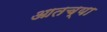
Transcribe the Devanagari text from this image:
आतच्या